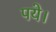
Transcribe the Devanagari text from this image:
पये।